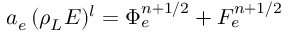
a _ { e } \, ( \rho _ { L } E ) ^ { l } = { \Phi } _ { e } ^ { n + 1 / 2 } + F _ { e } ^ { n + 1 / 2 }